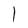
Character: l